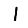
Digit: 1